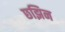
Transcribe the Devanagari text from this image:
छझिन